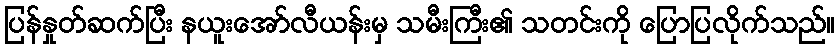
ပြန်နှုတ်ဆက်ပြီး နယူးအော်လီယန်းမှ သမီးကြီး၏ သတင်းကို ပြောပြလိုက်သည်။